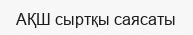
АҚШ сыртқы саясаты